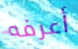
أعرفه